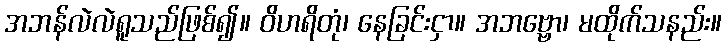
အဘန်လဲလဲရူသည်ဖြစ်၍။ ဝိဟရိတုံ၊ နေခြင်းငှာ။ အဘဗ္ဗော၊ မထိုက်သနည်း။